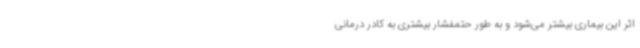
اثر این بیماری بیشتر می‌شود و به طور حتمفشار بیشتری به کادر درمانی